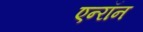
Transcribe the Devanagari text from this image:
एन्‍रॉन